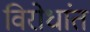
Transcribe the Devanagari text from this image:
विरोधांत